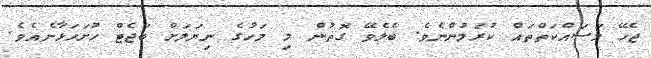
ޖެހޭ މަސައްކަތްތައް ކުރަމުންނެވެ. ބެލެވޭ ގޮތުން މި މަހުގެ ނިޔަލަށް ބަޖެޓް ހުށަހަޅާނެއެވެ.